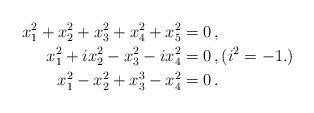
LaTeX: \begin{align*} x_1^2 + x_2^2 + x_3^2 + x_4^2 + x_5^2 &= 0 \, , \\ x_1^2 + i x_2^2 - x_3^2 - i x_4^2 &= 0 \, , (i^2=-1.) \\ x_1^2 - x_2^2 + x_3^3 - x_4^2 &= 0 \, . \end{align*}